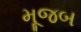
મૂજબ